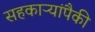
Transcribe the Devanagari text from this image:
सहकाऱ्यांपैकी